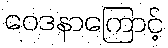
ဝေဒနာကြောင့်